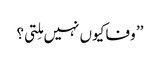
’’ وفا کیوں نہیں مِلتی؟